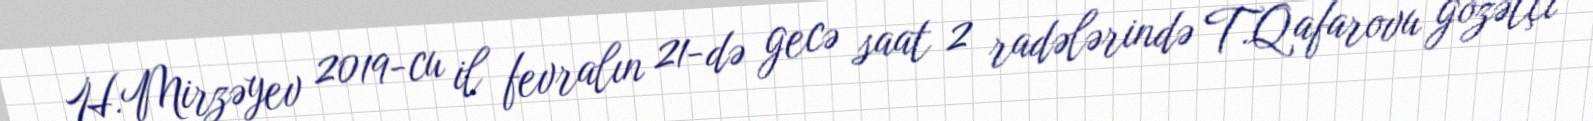
H.Mirzəyev 2019-cu il fevralın 21-də gecə saat 2 radələrində T.Qafarovu gözətçi